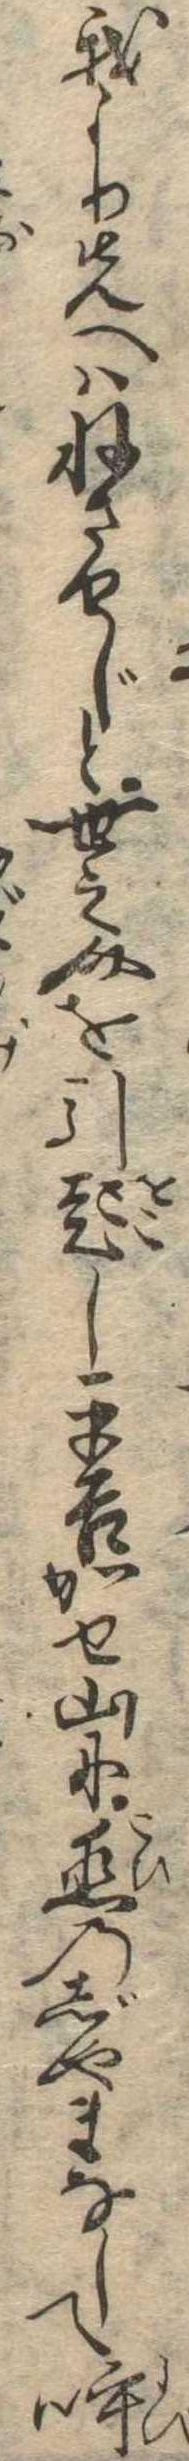
我より先へはねさせじと世之介を引起し平吉かせ山に恋のじやまなして呼